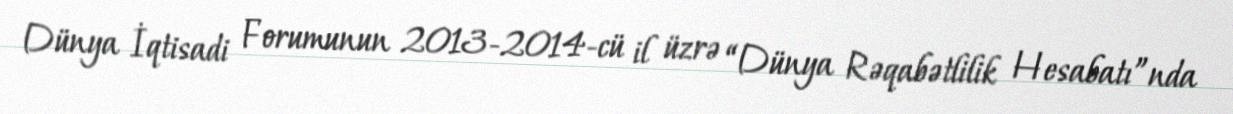
Dünya İqtisadi Forumunun 2013-2014-cü il üzrə “Dünya Rəqabətlilik Hesabatı”nda